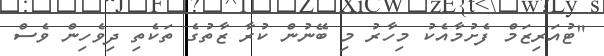
"ޓުއަރިޒަމް ފެށުމާއެކު މިހާރު މި ބޭނުން ކުރާ ޒާތުގެ ތަކެތި ދިވެހިން ވެސް